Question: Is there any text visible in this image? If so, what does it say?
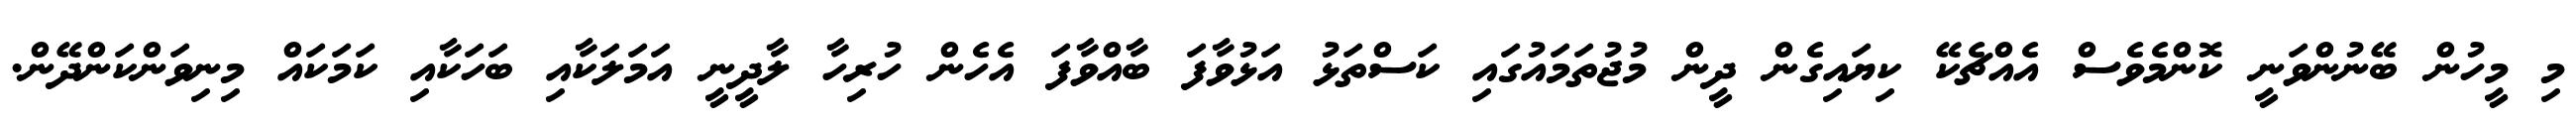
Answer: މި މީހުން ބޭނުންވަނީ ކޮންމެވެސް އެއްޗެކޭ ކިޔައިގެން ދީން މުޖުތަމައުގައި ކަސްތަޅު އަޅުވާފަ ބާއްވާފަ އެހެން ހުރިހާ ލާދީނީ އަމަލަކާއި ބަހަކާއި ކަމަކައް މިނިވަންކަންދޭން.